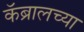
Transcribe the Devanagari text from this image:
कॅब्रालच्या